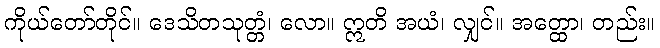
ကိုယ်တော်တိုင်။ ဒေသိတသုတ္တံ၊ လော။ ဣတိ အယံ၊ လျှင်။ အတ္ထော၊ တည်း။